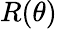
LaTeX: R(\theta)